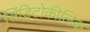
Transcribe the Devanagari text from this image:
सिंडिटोकीलिक